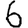
Digit: 6